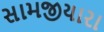
સામજીયારા